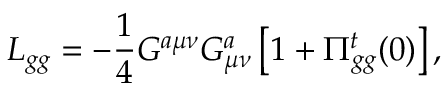
{ \cal L } _ { g g } = - \frac { 1 } { 4 } G ^ { a \mu \nu } G _ { \mu \nu } ^ { a } \left[ 1 + \Pi _ { g g } ^ { t } ( 0 ) \right] ,